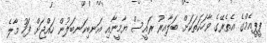
ޕީޕީއެމްގެ އެތެރޭގެ ވާހަކަތަކަށް ބަލާއިރު ރައީސް ޔާމީނާއި އަނބިކަނބަލުން ހައްޖަށް ފަހު މާލެ